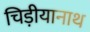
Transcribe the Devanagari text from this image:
चिड़ीयानाथ